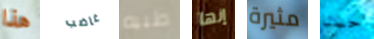
هذا غاضب طبيه إنها مثيرة حسنا